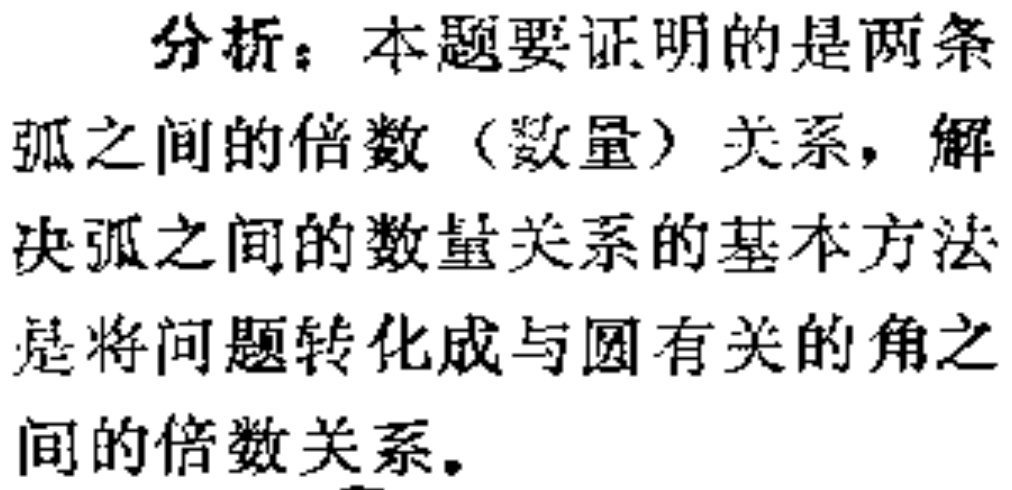
分析：本题要证明的是两条弧之间的倍数（数量）关系，解决弧之间的数量关系的基本方法是将问题转化成与圆有关的角之间的倍数关系。